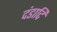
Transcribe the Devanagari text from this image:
दंडादि